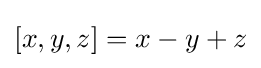
[x,y,z]=x-y+z